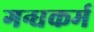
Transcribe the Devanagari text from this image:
गन्धकर्म